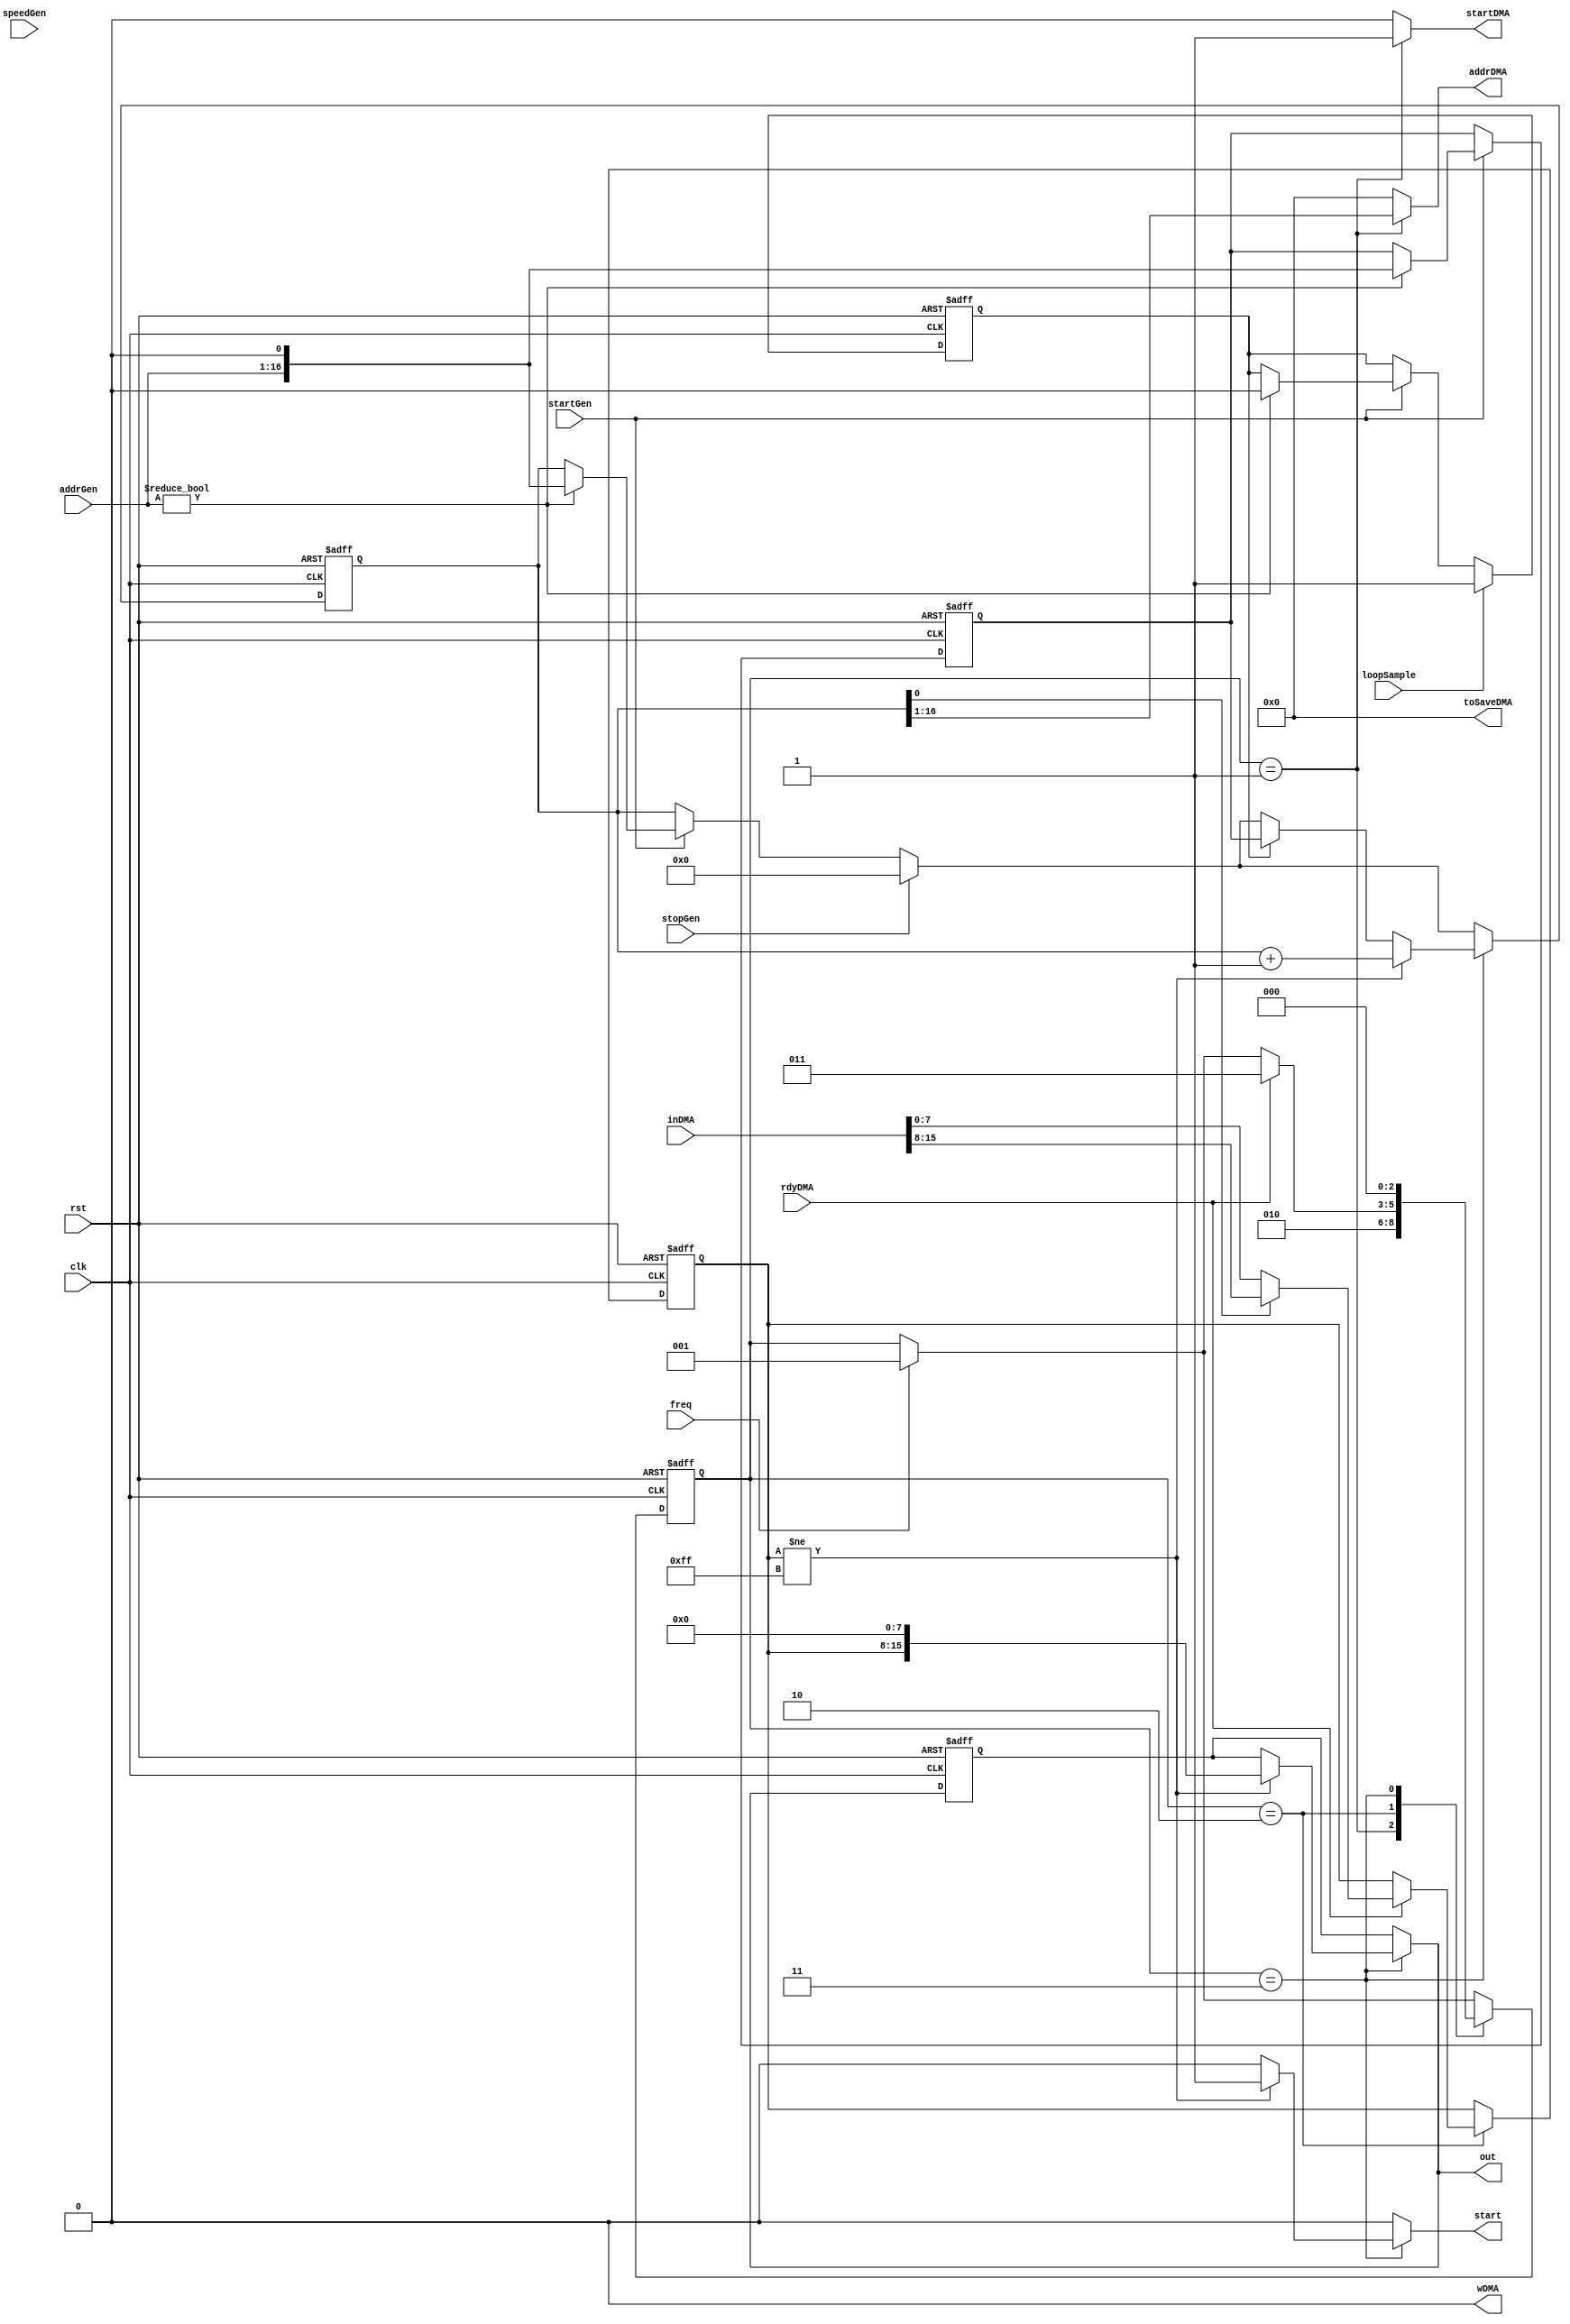

module generatorSam(
	input clk,
	input rst,
	
	input freq,
	
	// SampleGen
	input[15:0] addrGen,
	input[15:0] speedGen,
	input stopGen,
	input startGen,
	input loopSample,
	
	// DMA
	output reg[15:0] addrDMA,
	output reg startDMA,
	
	input[15:0] inDMA,
	input rdyDMA,
	
	output reg [15:0] toSaveDMA,
	output reg wDMA,

	//	Output
	
	output reg[15:0] out,
	output reg start
);

localparam IDLE = 3'd0;
localparam INIT = 3'd1;
localparam READ = 3'd2;
localparam GENERATE = 3'd3;
reg f_loop;
reg n_loop;

always@(posedge clk or posedge rst)
	if(rst) f_loop <= 0;
	else f_loop <= n_loop;


reg[7:0] f_sampl;
reg[7:0] n_sampl;

reg[16:0] f_startsampladdr;
reg[16:0] n_startsampladdr;

always@(posedge clk or posedge rst)
	if(rst) begin
		f_sampl <= 0;
		f_startsampladdr <= 0;
		end
	else begin
		f_sampl <= n_sampl;
		f_startsampladdr <= n_startsampladdr;
		end
reg[2:0] f_status;
reg[2:0] n_status;

always@(posedge clk or posedge rst)
	if(rst) f_status <= 0;
	else f_status <= n_status;
	

reg[16:0] f_speed = 0;
reg[16:0] n_speed = 0;

always@(posedge clk or posedge rst)
	if(rst) f_speed <= 0;
	else f_speed <= n_speed;
	
reg[16:0] f_addr;
reg[16:0] n_addr;

always@(posedge clk or posedge rst)
	if(rst) f_addr <= 0;
	else f_addr <= n_addr;

reg[15:0] f_out;
	
always@(posedge clk or posedge rst)
	if(rst) f_out <= 0;
	else f_out <= out;
	
always@(*)begin
	out = f_out;
	start = 0;
	
	n_speed = f_speed;
	
	n_addr = f_addr;
	n_startsampladdr = f_startsampladdr;
	
	n_status = f_status;
	n_sampl = f_sampl;
	
	
	n_loop = f_loop;
	
	addrDMA = 0;
	startDMA = 0;
	
	toSaveDMA = 0; 
	wDMA = 0;
	
	if(startGen)begin
		if(addrGen != 0) begin
			n_addr = {addrGen,1'b0};
			n_startsampladdr = {addrGen,1'b0};
			n_loop = 0;
		
		end
		
		n_speed = {speedGen};
		
	end
	
	if(loopSample)begin
		n_loop = 1;
	end
	
	if(stopGen)begin
		n_addr = 0;
		n_speed = 0;
	end
	
	if(freq)begin
		n_status = INIT;
	end
	
	case(f_status)
		INIT: begin
			addrDMA = f_addr[16:1];
			startDMA = 1;
			
			n_status = READ;
		end
		READ: begin
			if(rdyDMA)begin
				
				if(f_addr[0]) n_sampl = inDMA[15:8];
				else n_sampl = inDMA[7:0];
				
				n_status = GENERATE;
			end
		end
		GENERATE: begin
			if(f_sampl != 8'hFF)begin
				out = {f_sampl,8'b0};
				start = 1;
				
				n_addr = f_addr + 1;
			end else begin
				if(f_loop)begin
					n_addr = f_startsampladdr;
				end
				
			end
			
			n_status = IDLE;
		end
		
		default:;
	endcase
	
end

endmodule